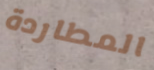
المطاردة